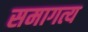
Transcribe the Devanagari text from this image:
समागत्य